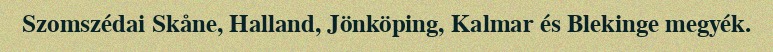
Szomszédai Skåne, Halland, Jönköping, Kalmar és Blekinge megyék.